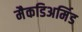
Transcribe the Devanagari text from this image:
मैकडिअर्मिड